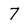
Character: 7